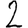
Digit: 2